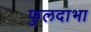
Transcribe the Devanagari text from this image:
फुलदाभा